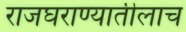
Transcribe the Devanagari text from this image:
राजघराण्यातीलाच